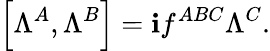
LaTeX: \left[\Lambda^{A},\Lambda^{B}\right]=\mathbf{i}f^{ABC}\Lambda^{C}.